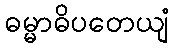
ဓမ္မာဓိပတေယျံ